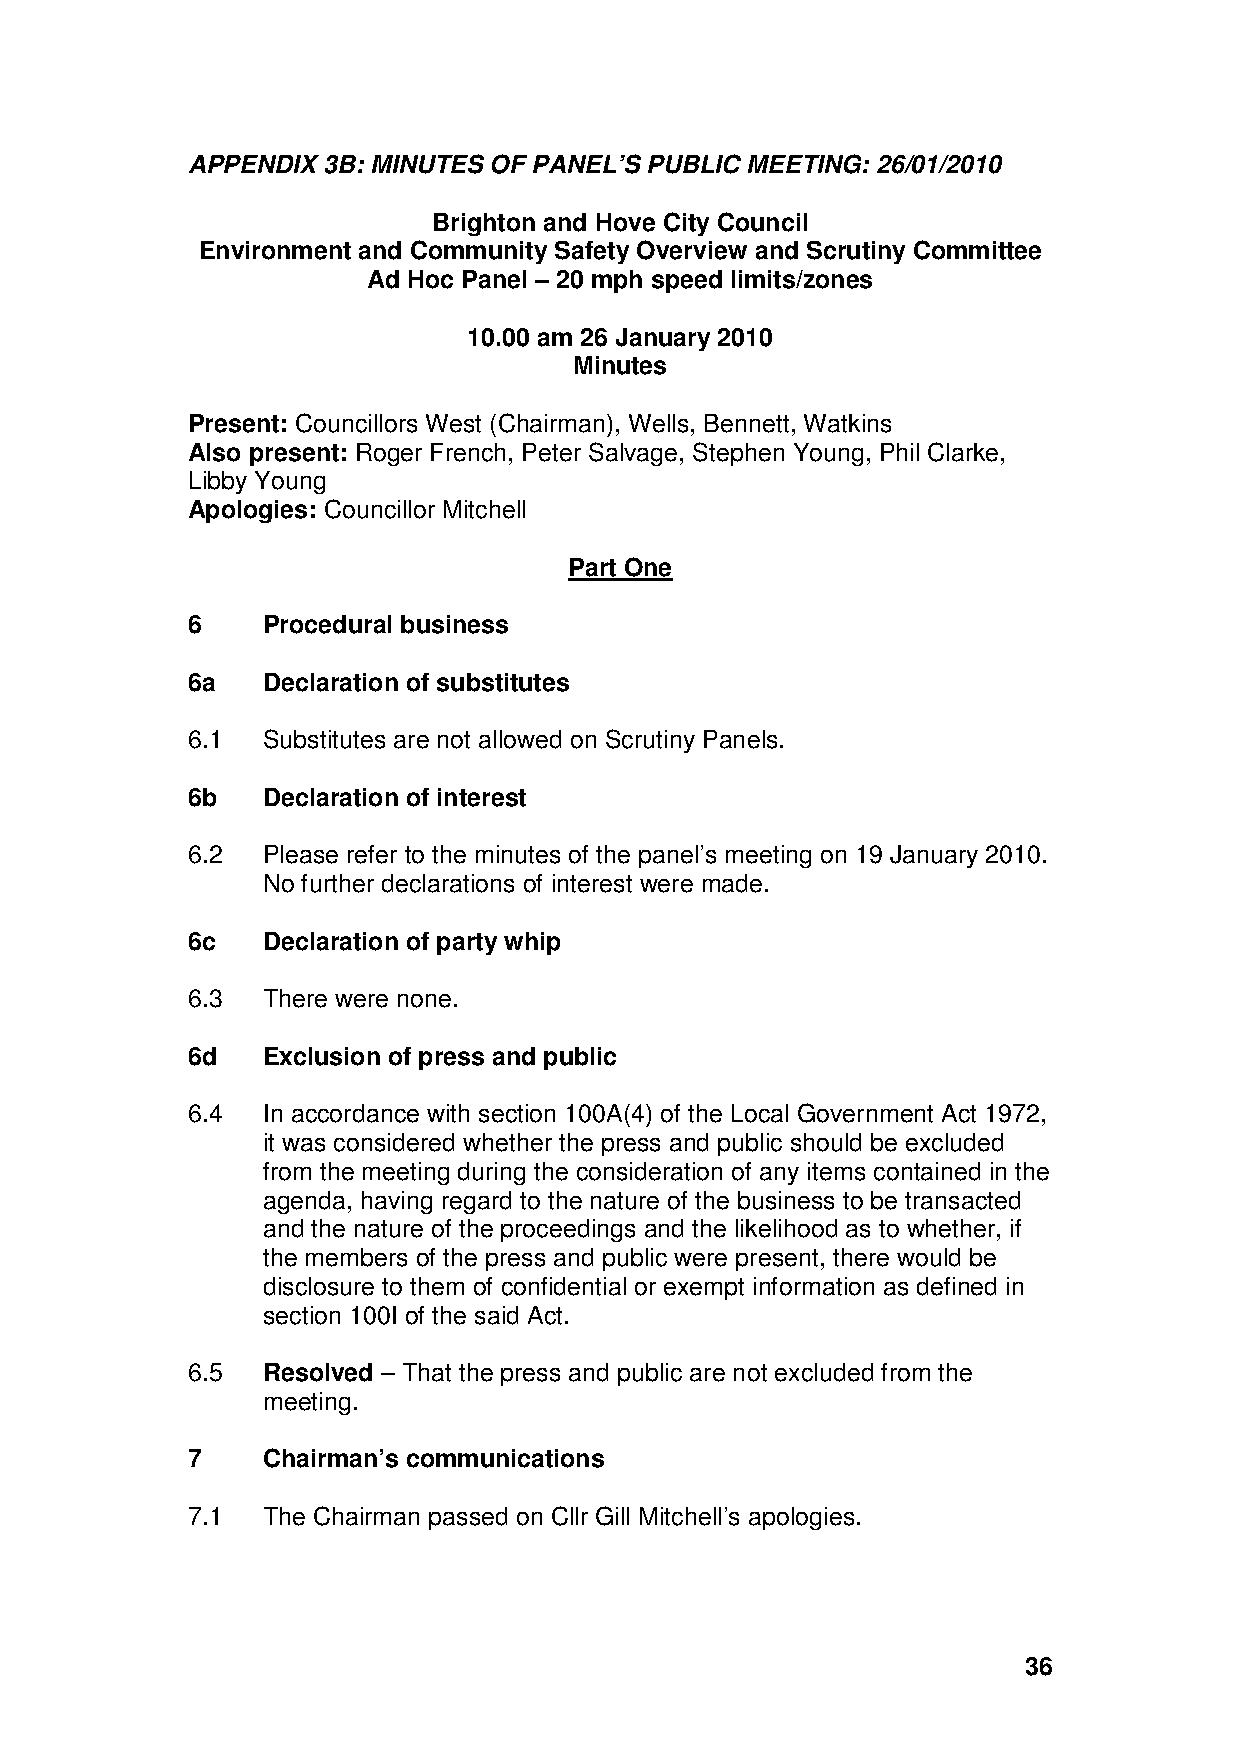
APPENDIX 3B: MINUTES OF PANEL’S PUBLIC MEETING: 26/01/2010
 Brighton and Hove City Council
 Environment and Community Safety Overview and Scrutiny Committee
 Ad Hoc Panel – 20 mph speed limits/zones
 10.00 am 26 January 2010
 Minutes
 Present: Councillors West (Chairman), Wells, Bennett, Watkins
 Also present: Roger French, Peter Salvage, Stephen Young, Phil Clarke,
 Libby Young
 Apologies: Councillor Mitchell
 Part One
 6    Procedural business
 6a   Declaration of substitutes
 6.1  Substitutes are not allowed on Scrutiny Panels.
 6b   Declaration of interest
 6.2  Please refer to the minutes of the panel’s meeting on 19 January 2010.
 No further declarations of interest were made.
 6c   Declaration of party whip
 6.3  There were none.
 6d   Exclusion of press and public
 6.4  In accordance with section 100A(4) of the Local Government Act 1972,
 it was considered whether the press and public should be excluded
 from the meeting during the consideration of any items contained in the
 agenda, having regard to the nature of the business to be transacted
 and the nature of the proceedings and the likelihood as to whether, if
 the members of the press and public were present, there would be
 disclosure to them of confidential or exempt information as defined in
 section 100I of the said Act.
 6.5  Resolved – That the press and public are not excluded from the
 meeting.
 7    Chairman’s communications
 7.1  The Chairman passed on Cllr Gill Mitchell’s apologies.
 36